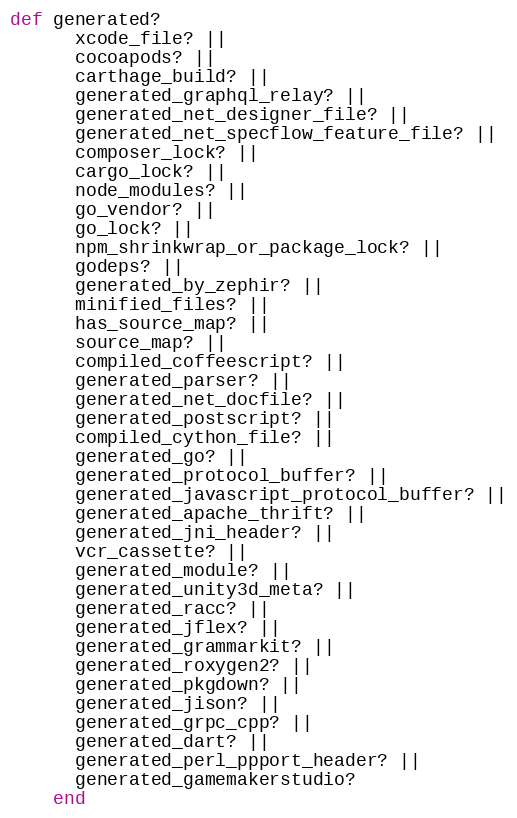
Language: Ruby
def generated?
      xcode_file? ||
      cocoapods? ||
      carthage_build? ||
      generated_graphql_relay? ||
      generated_net_designer_file? ||
      generated_net_specflow_feature_file? ||
      composer_lock? ||
      cargo_lock? ||
      node_modules? ||
      go_vendor? ||
      go_lock? ||
      npm_shrinkwrap_or_package_lock? ||
      godeps? ||
      generated_by_zephir? ||
      minified_files? ||
      has_source_map? ||
      source_map? ||
      compiled_coffeescript? ||
      generated_parser? ||
      generated_net_docfile? ||
      generated_postscript? ||
      compiled_cython_file? ||
      generated_go? ||
      generated_protocol_buffer? ||
      generated_javascript_protocol_buffer? ||
      generated_apache_thrift? ||
      generated_jni_header? ||
      vcr_cassette? ||
      generated_module? ||
      generated_unity3d_meta? ||
      generated_racc? ||
      generated_jflex? ||
      generated_grammarkit? ||
      generated_roxygen2? ||
      generated_pkgdown? ||
      generated_jison? ||
      generated_grpc_cpp? ||
      generated_dart? ||
      generated_perl_ppport_header? ||
      generated_gamemakerstudio?
    end